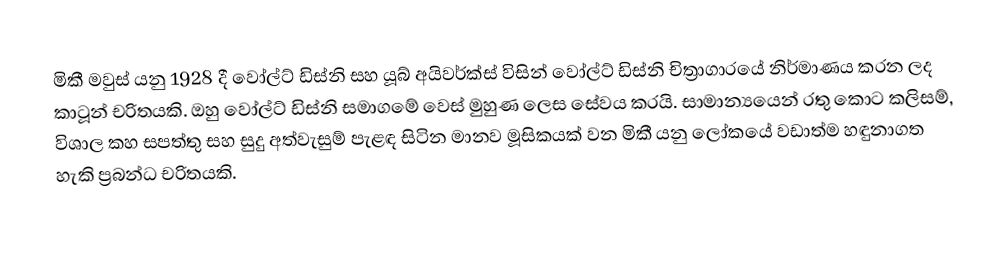
මිකී මවුස් යනු 1928 දී වෝල්ට් ඩිස්නි සහ යූබ් අයිවර්ක්ස් විසින් වෝල්ට් ඩිස්නි චිත්‍රාගාරයේ නිර්මාණය කරන ලද කාටූන් චරිතයකි. ඔහු වෝල්ට් ඩිස්නි සමාගමේ වෙස් මුහුණ ලෙස සේවය කරයි. සාමාන්‍යයෙන් රතු කොට කලිසම්, විශාල කහ සපත්තු සහ සුදු අත්වැසුම් පැළඳ සිටින මානව මූසිකයක් වන මිකී යනු ලෝකයේ වඩාත්ම හඳුනාගත හැකි ප්‍රබන්ධ චරිතයකි.